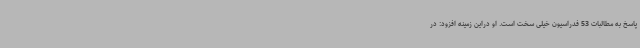
پاسخ به مطالبات 53 فدراسیون خیلی سخت است‌. او دراین زمینه افزود: در